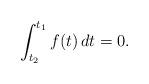
LaTeX: \begin{align*}\int_{t_2}^{t_1} f(t) \, dt = 0.\end{align*}